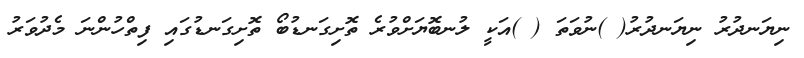
ނިޔަނދުރު ނިޔަނދުރު( )ނުވަތަ ( )އަކީ ލުނބޮޔަށްވުރެ ތޮށިގަނޑުބޯ ތޮށިގަނޑުގައި ފިތްހުންނަ މެދުވަރު